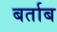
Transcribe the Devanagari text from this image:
बर्ताब